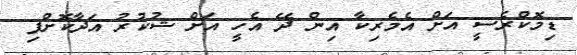
ޑިމޮކްރެސީ އަށް އެމެރިކާ އިން ދޭ އެހީ އަށް ޝުކުރު އަދާކޮށްފި